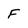
Character: F